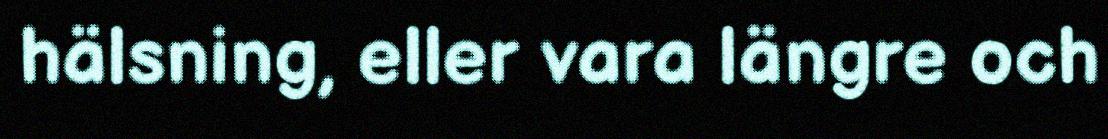
hälsning, eller vara längre och